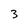
Character: 3